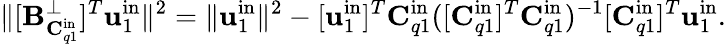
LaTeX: \| [\mathbf{B}_{\mathbf{C}_{q1}^{\mathrm{in}}}^{\perp}]^{T}\mathbf{u}_{1}^{\mathrm{in}}\| ^{2}=\| \mathbf{u}_{1}^{\mathrm{in}}\| ^{2}-[\mathbf{u}_{1}^{\mathrm{in}}]^{T}\mathbf{C}_{q1}^{\mathrm{in}}([\mathbf{C}_{q1}^{\mathrm{in}}]^{T}\mathbf{C}_{q1}^{\mathrm{in}})^{-1}[\mathbf{C}_{q1}^{\mathrm{in}}]^{T}\mathbf{u}_{1}^{\mathrm{in}}.